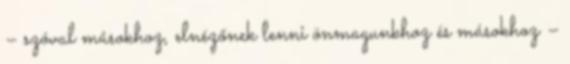
– szóval másokhoz, elnézőnek lenni önmagunkhoz és másokhoz –